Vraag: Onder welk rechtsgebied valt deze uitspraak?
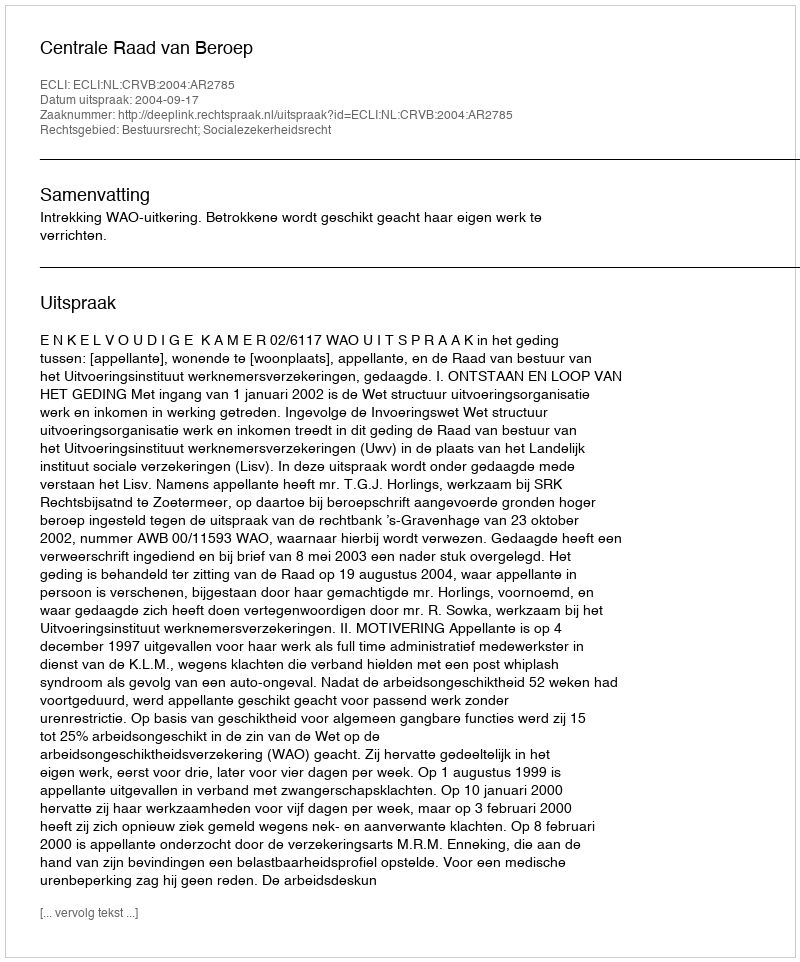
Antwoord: Bestuursrecht; Socialezekerheidsrecht